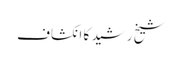
شیخ رشید کا انکشاف